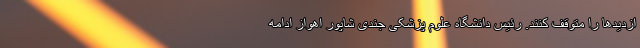
ازدیدها را متوقف کنند. رئیس دانشگاه علوم پزشکی جندی شاپور اهواز ادامه